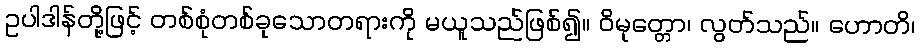
ဥပါဒါန်တို့ဖြင့် တစ်စုံတစ်ခုသောတရားကို မယူသည်ဖြစ်၍။ ဝိမုတ္တော၊ လွတ်သည်။ ဟောတိ၊